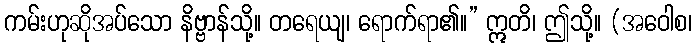
ကမ်းဟုဆိုအပ်သော နိဗ္ဗာန်သို့။ တရေယျ၊ ရောက်ရာ၏။” ဣတိ၊ ဤသို့။ (အဝေါစ၊